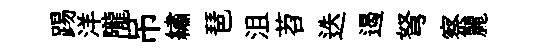
踢洋隴吊繡琶沮苕迭遏弩察麗